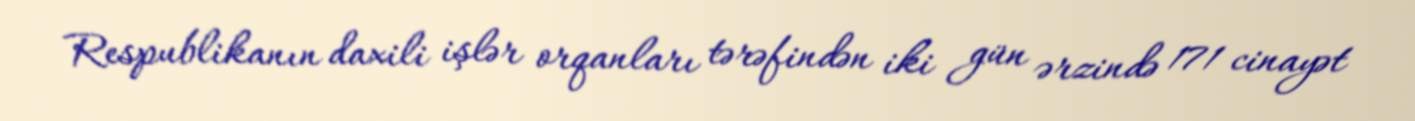
Respublikanın daxili işlər orqanları tərəfindən iki gün ərzində 171 cinayət